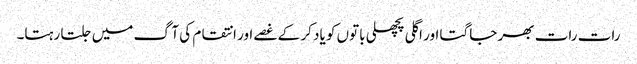
رات رات بھر جاگتا اور اگلی پچھلی باتوں کو یاد کر کے غصے اور انتقام کی آگ میں جلتا رہتا۔